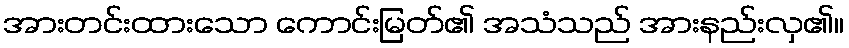
အားတင်းထားသော ကောင်းမြတ်၏ အသံသည် အားနည်းလှ၏။